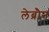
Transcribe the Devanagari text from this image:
लेब्रौन